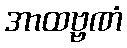
အာထဗ္ဗဏံ